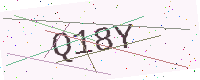
Text: Q18Y